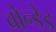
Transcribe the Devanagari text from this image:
बोन्‍डेड